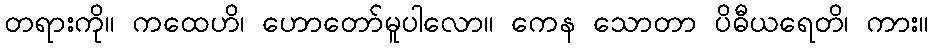
တရားကို။ ကထေဟိ၊ ဟောတော်မူပါလော။ ကေန သောတာ ပိဓီယရေတိ၊ ကား။